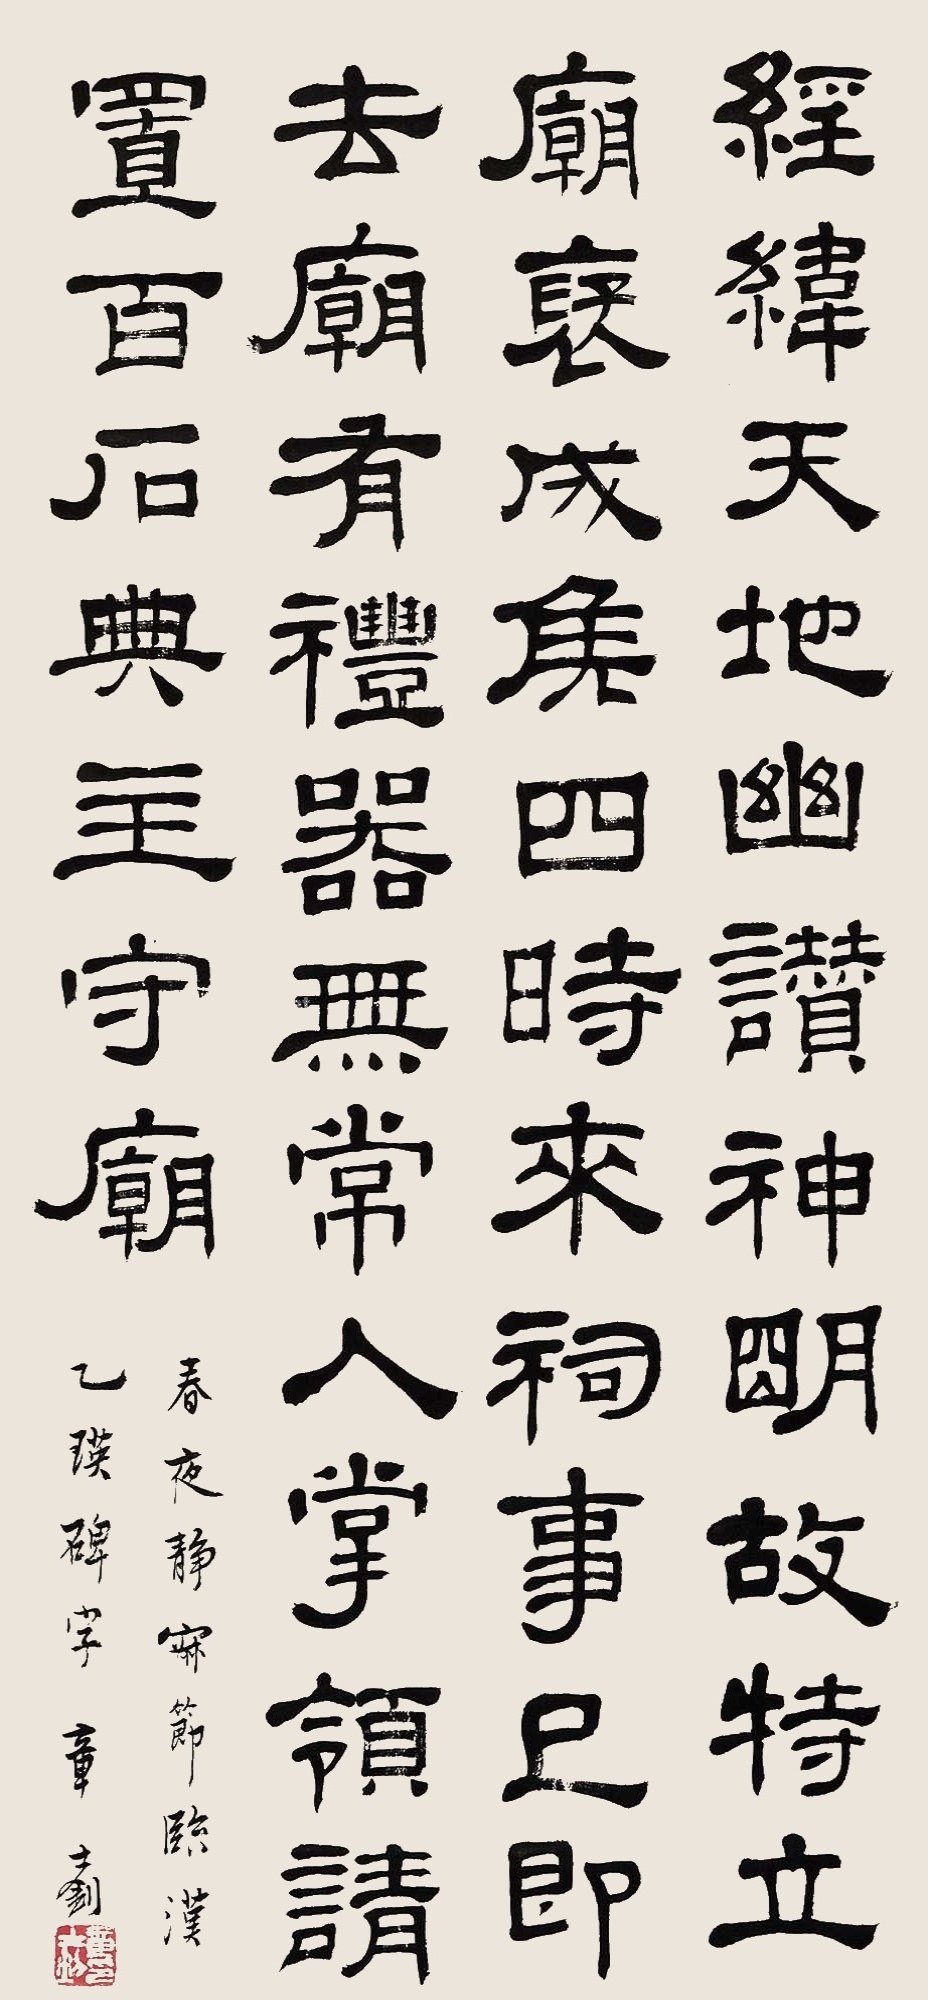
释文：经纬天地，幽赞神明，故特立庙褒。成侯四时来祠，事已即去。庙有礼器，无常人掌领，请置百石典主守庙。春夜静寂，节临汉乙瑛碑字，章士钊。